Vaccination United Provinces of Agra and Oudh 1914-1922 - 1914-1922
Year: 1914
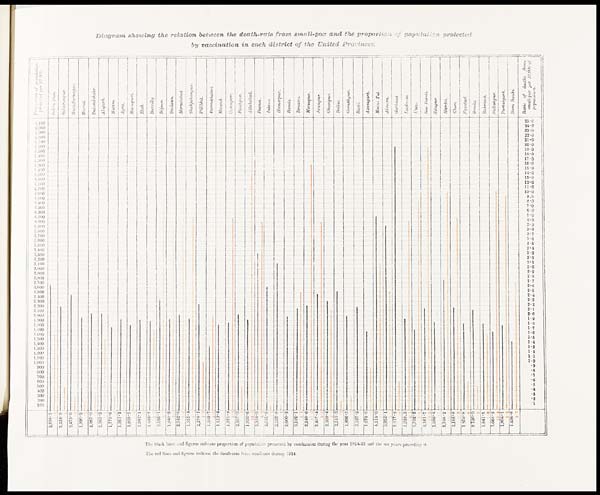
Diagram showing the relation between the death-rate from small-pox and the proportion of population protected
by vaccination in each district of the united Provinces
.
The black lines and figures indicate proportion of population protected by vaccination during the year 1914-15 and the six years preceding it
The red lines and figures indicate the death-rate from small-pox during 1914.